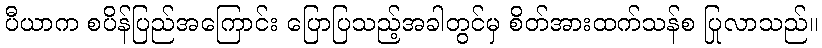
ပီယာက စပိန်ပြည်အကြောင်း ပြောပြသည့်အခါတွင်မှ စိတ်အားထက်သန်စ ပြုလာသည်။